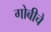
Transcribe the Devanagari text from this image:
गोबीचे